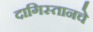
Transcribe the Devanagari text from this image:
दागिस्तानचे